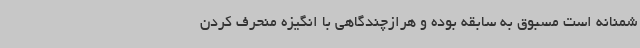
شمنانه است مسبوق به سابقه بوده و هرازچندگاهی با انگیزه منحرف کردن